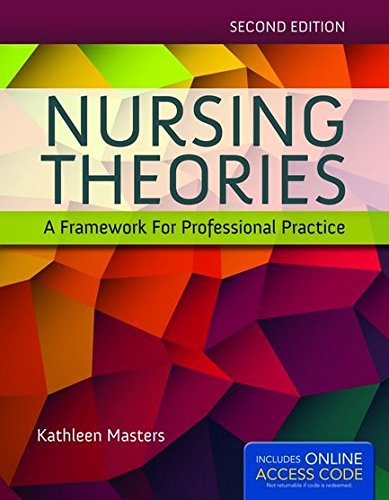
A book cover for Nursing Theories: A Framework For Professional Practice; Kathleen Masters; Medical Books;